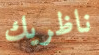
ناظريك